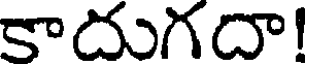
కాదుగదా!